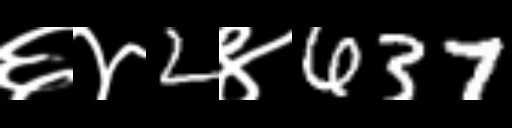
Text: ६४2४637